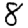
Digit: 8